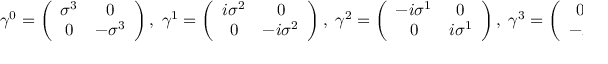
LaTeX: \gamma ^ { 0 } = \left( \begin{array} { c c } { { \sigma ^ { 3 } } } & { { 0 } } \\ { { 0 } } & { { - \sigma ^ { 3 } } } \end{array} \right) , \; \gamma ^ { 1 } = \left( \begin{array} { c c } { { i \sigma ^ { 2 } } } & { { 0 } } \\ { { 0 } } & { { - i \sigma ^ { 2 } } } \end{array} \right) , \; \gamma ^ { 2 } = \left( \begin{array} { c c } { { - i \sigma ^ { 1 } } } & { { 0 } } \\ { { 0 } } & { { i \sigma ^ { 1 } } } \end{array} \right) , \; \gamma ^ { 3 } = \left( \begin{array} { c c } { { 0 } } & { { I } } \\ { { - I } } & { { 0 } } \end{array} \right) \; .